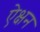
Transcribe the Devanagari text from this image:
ऐक्षन